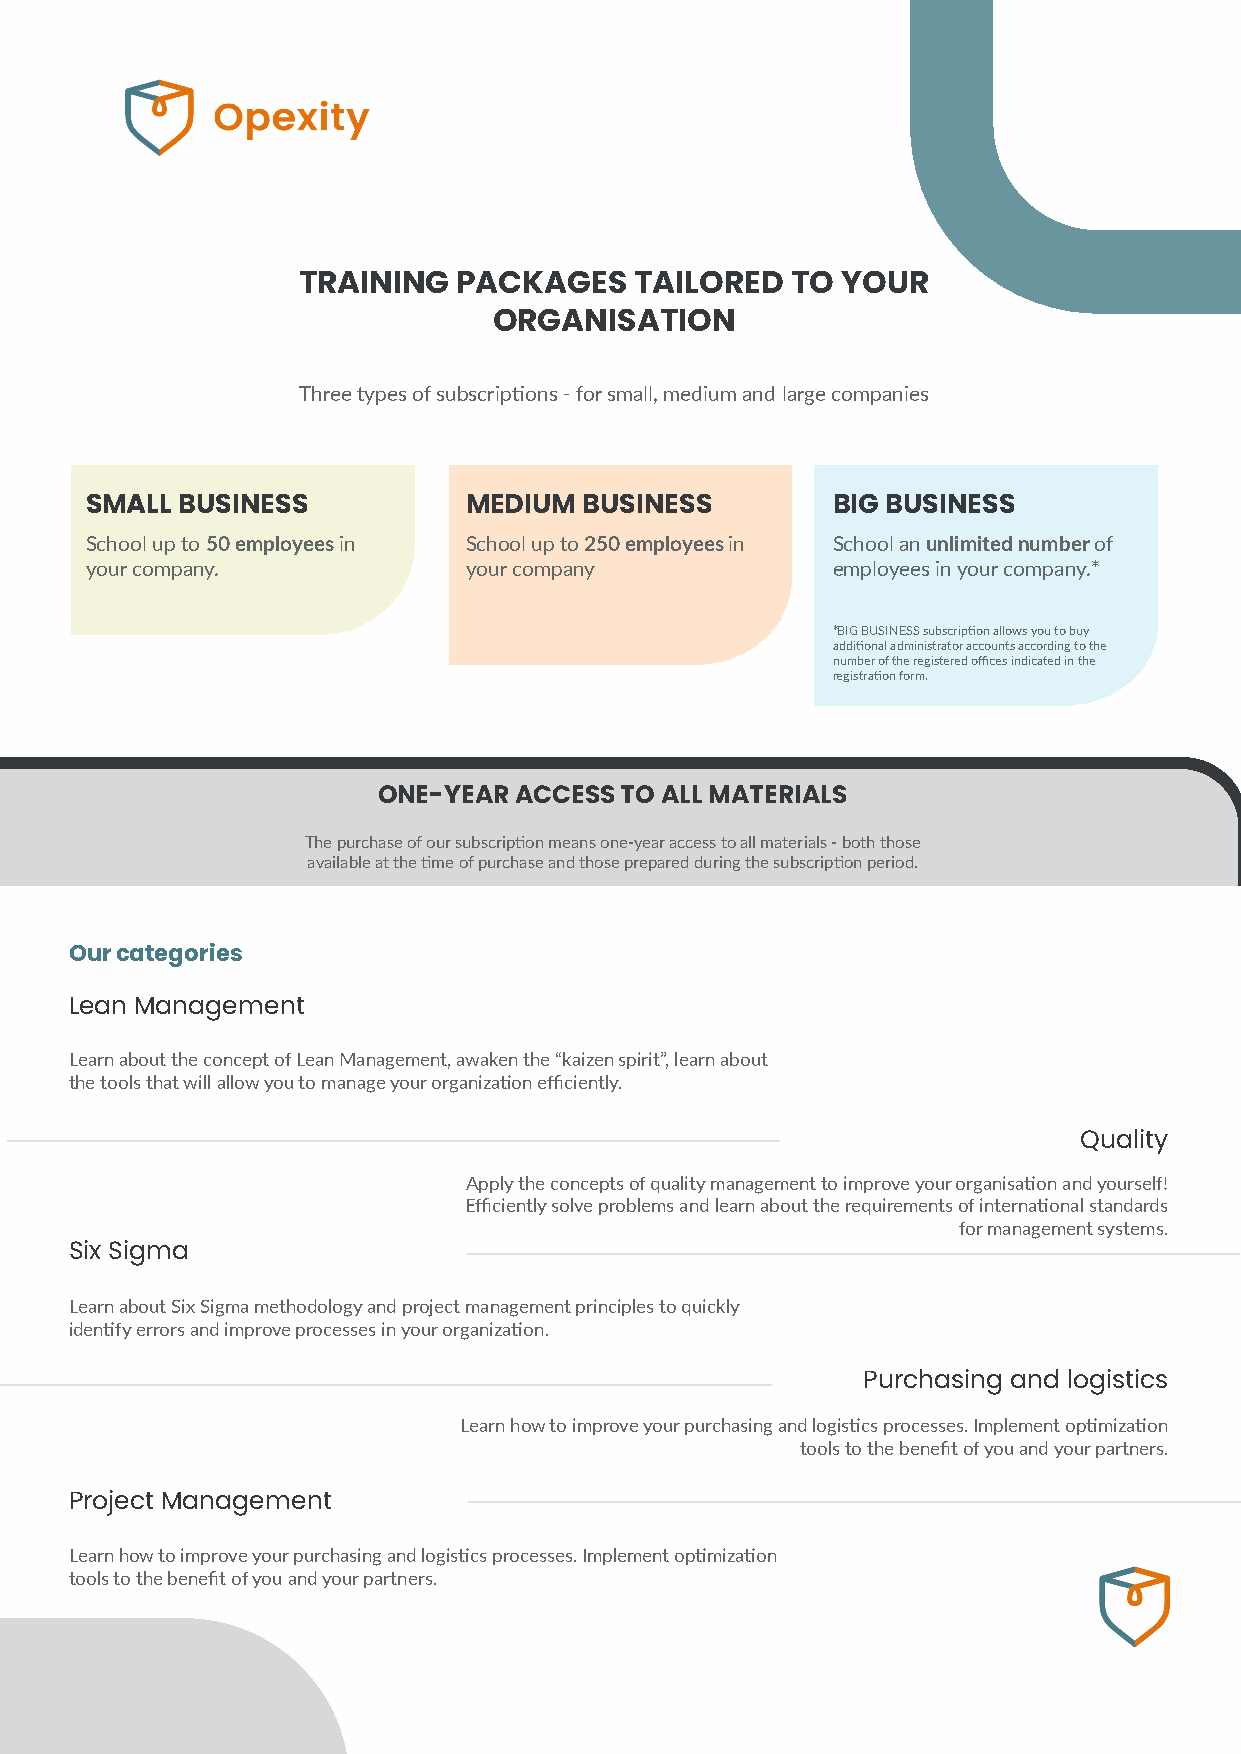
TRAINING  PACKAGES    TAILORED  TO  YOUR
 ORGANISATION
 Three types of subscriptions - for small, medium and large companies
 SMALL BUSINESS           MEDIUM  BUSINESS        BIG BUSINESS
 School up to 50 employees in School up to 250 employees in School an unlimited number of
 your company.            your company            employees in your company.*
 *BIG BUSINESS subscription allows you to buy
 additional administrator accounts according to the
 number of the registered offices indicated in the
 registration form.
 ONE-YEAR ACCESS TO ALL MATERIALS
 The purchase of our subscription means one-year access to all materials - both those
 available at the time of purchase and those prepared during the subscription period.
 Our categories
 Lean Management
 Learn about the concept of Lean Management, awaken the “kaizen spirit”, learn about
 the tools that will allow you to manage your organization efficiently.
 Quality
 Apply the concepts of quality management to improve your organisation and yourself!
 Efficiently solve problems and learn about the requirements of international standards
 for management systems.
 Six Sigma
 Learn about Six Sigma methodology and project management principles to quickly
 identify errors and improve processes in your organization.
 Purchasing and logistics
 Learn how to improve your purchasing and logistics processes. Implement optimization
 tools to the benefit of you and your partners.
 Project Management
 Learn how to improve your purchasing and logistics processes. Implement optimization
 tools to the benefit of you and your partners.